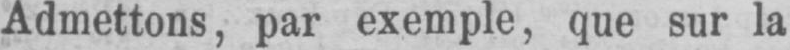
Admettons, par exemple, que sur la